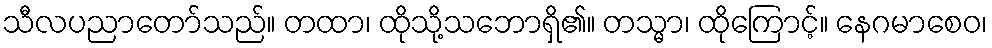
သီလပညာတော်သည်။ တထာ၊ ထိုသို့သဘောရှိ၏။ တသ္မာ၊ ထိုကြောင့်။ နေဂမာစေဝ၊